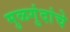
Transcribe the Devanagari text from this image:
मुळगुंदांचे